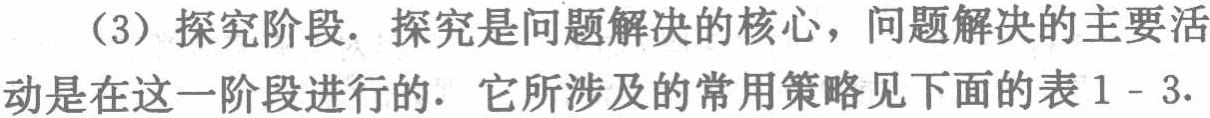
（3）探究阶段. 探究是问题解决的核心，问题解决的主要活动是在这一阶段进行的. 它所涉及的常用策略见下面的表 1 - 3.